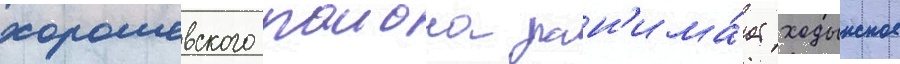
хорошевского раиона зан'има́ет ходынское